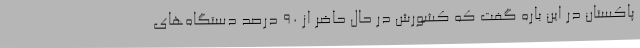
پاکستان در این باره گفت که کشورش در حال حاضر از 90 درصد دستگاه‌های